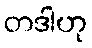
တဒါဟု